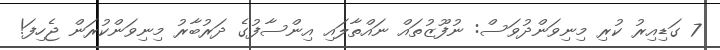
7 ގަޑިއިރު ކުރި މިނިވަންދުވަސް: ނުފޫޒުތައް ނައްތާލައި އިންސާފުގެ ދަރުބާރު މިނިވަންކުރަން ޖެހިފަ!